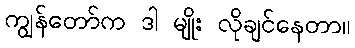
ကျွန်တော်က ဒါ မျိုး လိုချင်နေတာ။